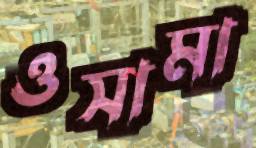
ওসামা